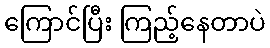
ကြောင်ပြီး ကြည့်နေတာပဲ